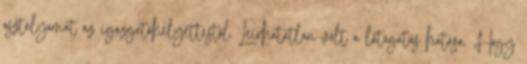
osztályomat az igazgatóhelyettestől. Leírhatatlan volt a látogatás hatása. Hogy